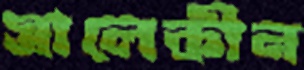
সালেকীন